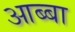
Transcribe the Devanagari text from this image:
आब्बा